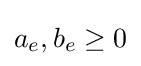
a_{e},b_{e}\geq 0